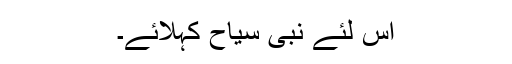
اس لئے نبی سیاح کہلائے۔